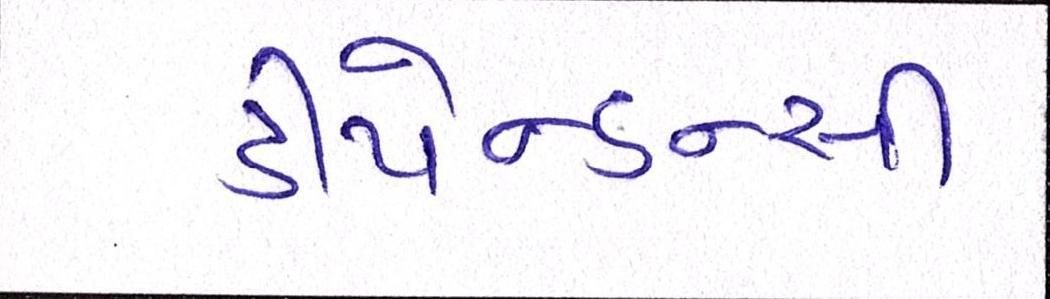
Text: ડીપેન્ડન્સી